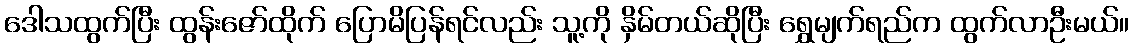
ဒေါသထွက်ပြီး ထွန်းဇော်ထိုက် ပြောမိပြန်ရင်လည်း သူ့ကို နှိမ်တယ်ဆိုပြီး ရွှေမျက်ရည်က ထွက်လာဦးမယ်။